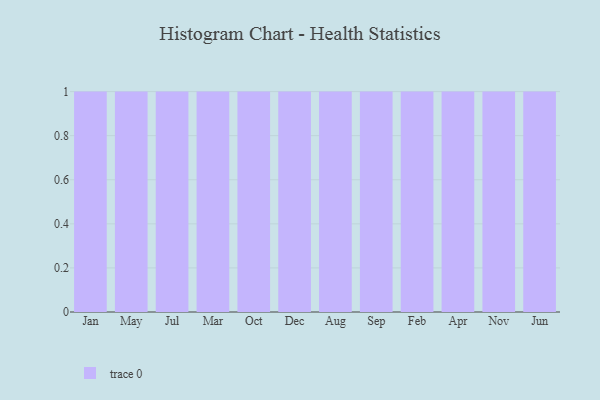
{"axis": {"x": "Month", "y": "Production Output"}, "legend": [""], "data": [{"x": "Jan", "y": 61, "type": ""}, {"x": "May", "y": 44, "type": ""}, {"x": "Jul", "y": 65, "type": ""}, {"x": "Mar", "y": 12, "type": ""}, {"x": "Oct", "y": 57, "type": ""}, {"x": "Dec", "y": 82, "type": ""}, {"x": "Aug", "y": 32, "type": ""}, {"x": "Sep", "y": 59, "type": ""}, {"x": "Feb", "y": 90, "type": ""}, {"x": "Apr", "y": 85, "type": ""}, {"x": "Nov", "y": 10, "type": ""}, {"x": "Jun", "y": 4, "type": ""}]}